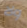
ولا